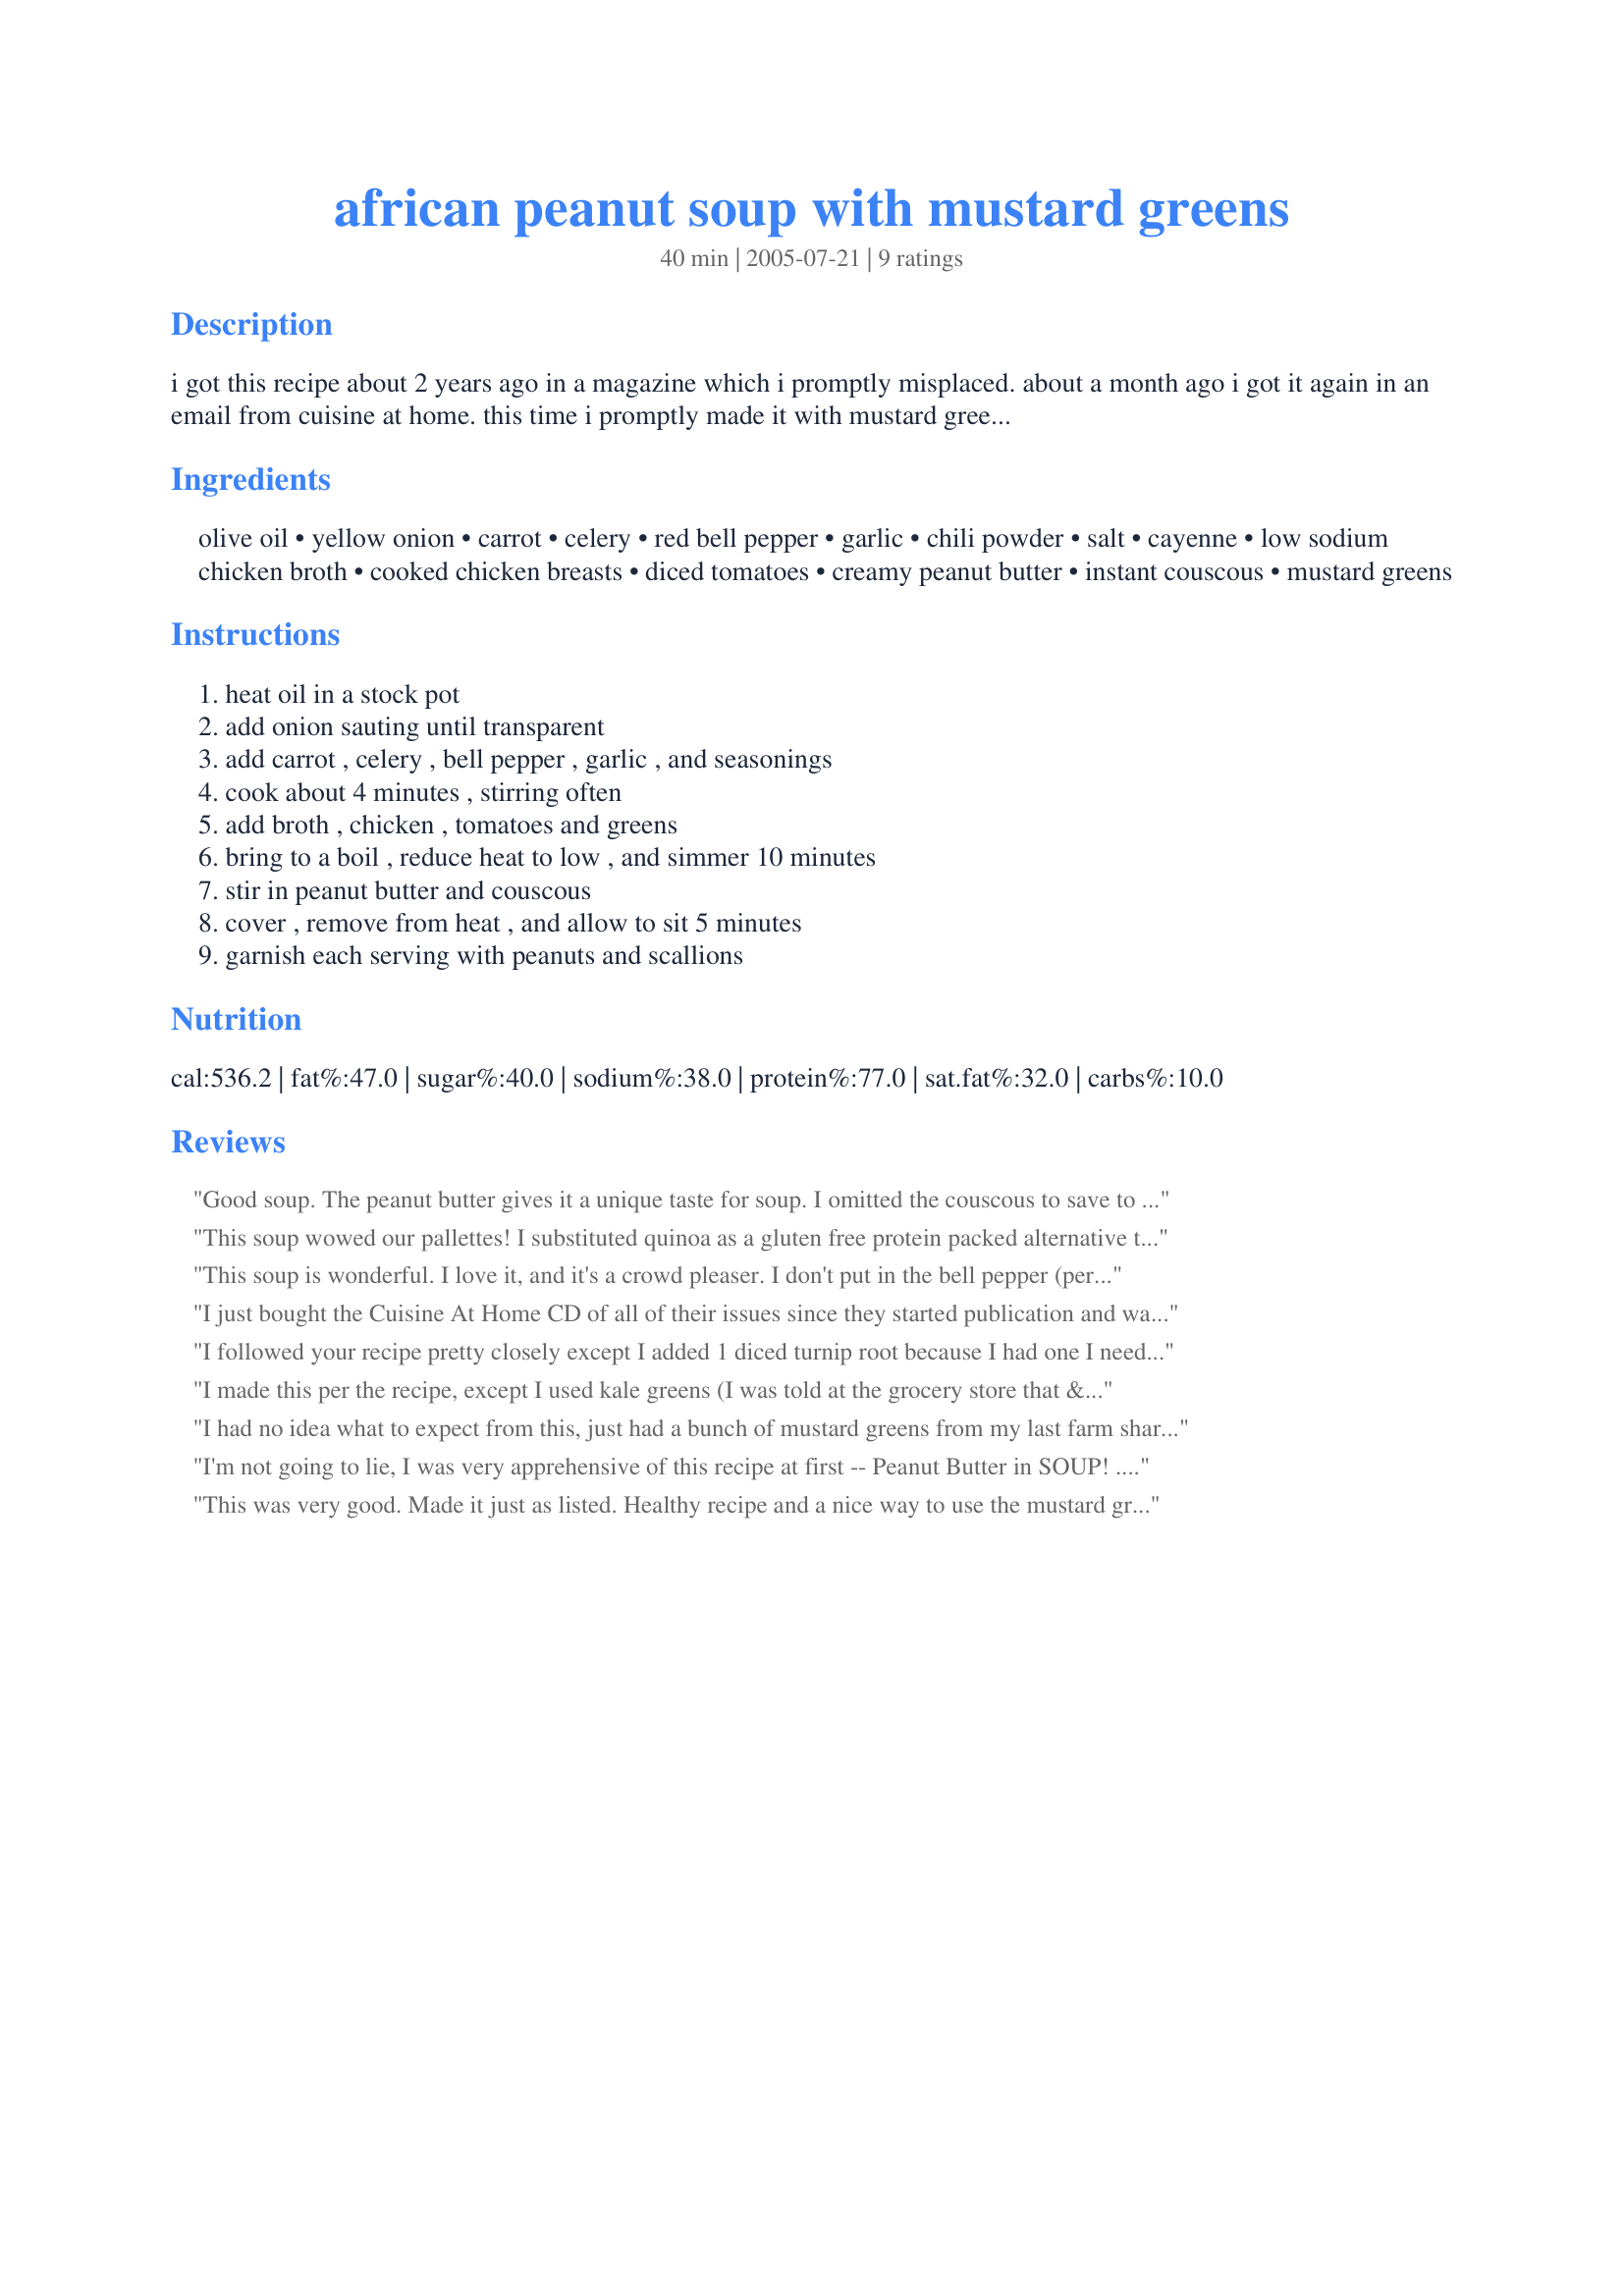
african peanut soup with mustard greens
Preparation time: 40 minutes

i got this recipe about 2 years ago in a magazine which i promptly misplaced. about a month ago i got it again in an email from cuisine at home. this time i promptly made it with mustard greens from my garden and took it to a potluck. all i brought home was an empty pot it was so good. i've adjusted the cayenne because some people found it to be a bit warm at 1/2 tsp although my dh and i enjoyed it as is.

Ingredients:
olive oil, yellow onion, carrot, celery, red bell pepper, garlic, chili powder, salt, cayenne, low sodium chicken broth, cooked chicken breasts, diced tomatoes, creamy peanut butter, instant couscous, mustard greens

Steps:
heat oil in a stock pot, add onion sauting until transparent, add carrot , celery , bell pepper , garlic , and seasonings, cook about 4 minutes , stirring often, add broth , chicken , tomatoes and greens, bring to a boil , reduce heat to low , and simmer 10 minutes, stir in peanut butter and couscous, cover , remove from heat , and allow to sit 5 minutes, garnish each serving with peanuts and scallions

Reviews:
Good soup. The peanut butter gives it a unique taste for soup. I omitted the couscous to save to on carbs and the olive oil to save on fat. I would definitely make again.
This soup wowed our pallettes! I substituted quinoa as a gluten free protein packed alternative to the couscous and chicken and also used vegetable broth + 1 TB un-chicken broth powder. . I also added juice from 1/2 a lemon could have left it out too, as this soup delivers a full bodied flavor all on it&#039;s own.
This soup is wonderful. I love it, and it's a crowd pleaser.

I don't put in the bell pepper (personal preference). Also, if you're in a pinch, I've found that substituting vegetable broth for the chicken broth and kale for the mustard greens still makes great soup.
I just bought the Cuisine At Home CD of all of their issues since they started publication and was looking for an unusual soup for my husband&#039;s Soup Monday at work. He&#039;s getting a reputation for &#039;odd&#039; soups. This one looked promising. We made it exactly as is (original recipe used kosher salt) with mustard greens (although I only had chunky peanut butter) and it was phenomenal! A hit by everyone! Just a note. Original recipe does not add mustard greens with the tomatoes and chicken. They saute them in oil, salt to taste and then add them at the very end...just before serving.
I followed your recipe pretty closely except I added 1 diced turnip root because I had one I needed to use up, and I omitted the chicken because I did not have any. And I used instant brown rice instead of couscous. The combination of sweet creamy peanut buttery-ness, the hot cayenne and chili, and the snap of the greens was really delicious. My DH was very skeptical, but asked for a small second serving! This makes a huge pot--I'm looking forward to the mingling of the flavors in the leftovers!
I made this per the recipe, except I used kale greens (I was told at the grocery store that &quot;nobody likes mustard greens anymore&quot;). Anyway, it was excellent both right away and as leftovers.
I had no idea what to expect from this, just had a bunch of mustard greens from my last farm share of the year that I needed to use and am not into "greens" as a side dish. Since <br/>I had the other ingredients handy, this recipe won. I used canned tomatoes that already had chiles in them, so omitted the chili powder, and cut the cayenne is half as a personal preference. I also used about 2 cups of cooked chicken breast from the freezer. In any event, it was absolutely delicious! The peanut butter is not overwhelming, but gives the soup a depth and richness. Had 2 bowls already and am looking forward to taking it to work for lunches this week!
I'm not going to lie, I was very apprehensive of this recipe at first -- Peanut Butter in SOUP! ... But it really turned out well. Tasty and different. The mustard greens at a bit of peppery flare. Very good!
This was very good. Made it just as listed. Healthy recipe and a nice way to use the mustard greens. Thank you for a different kind of recipe!
